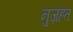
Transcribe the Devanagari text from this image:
नुज़हत